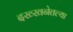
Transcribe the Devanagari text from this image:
दख्खनेतल्या